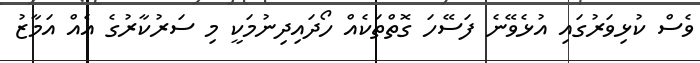
ވެސް ކުޅިވަރުގައި އުޅެވޭނެ ފަސޭހަ ގޮތްތަކެއް ހޯދައިދިނުމަކީ މި ސަރުކާރުގެ އެއް އަމާޒު